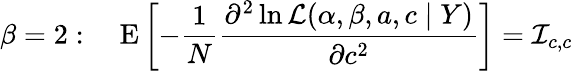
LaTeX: \beta=2:\quad\operatorname{E}\left[-{\frac{1}{N}}{\frac{\partial^{2}\ln{\mathcal{L}}(\alpha,\beta,a,c\mid Y)}{\partial c^{2}}}\right]={\mathcal{I}}_{c,c}